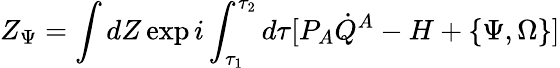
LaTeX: Z_{\Psi}=\int dZ\exp i\int_{\tau_{1}}^{\tau_{2}}d\tau[P_{A}\dot{Q}^{A}-H+\{ \Psi,\Omega\} ]